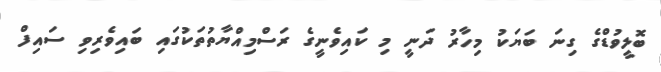
ބޮލީވުޑްގެ ގިނަ ބަޔަކު މިހާރު ދަނީ މި ކައިވެނީގެ ރަސްމިއްޔާތުތަކުގައި ބައިވެރިވި ސައިފް